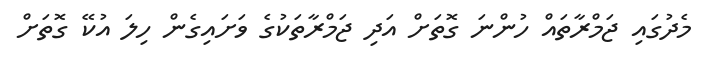
މެދުގައި ޖަމްރާތައް ހުންނަ ގޮތަށް އަދި ޖަމްރާތަކުގެ ވަށައިގެން ހިލަ އުކޭ ގޮތަށް